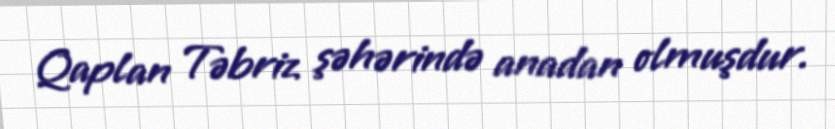
Qaplan Təbriz şəhərində anadan olmuşdur.